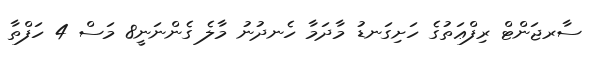
ސާރޖަންޓް ރިފްޢަތުގެ ހަށިގަނޑު މާދަމާ ހެނދުނު މާލެ ގެންނަނީ8 މަސް 4 ހަފްތާ